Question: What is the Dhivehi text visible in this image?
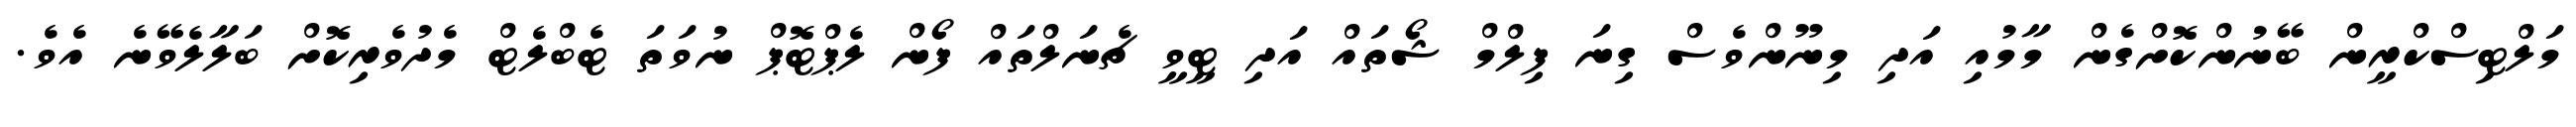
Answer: މަލްޓިސްކްރީން ބޭނުންކޮށްގެން މާމުއި އަދި މިނޫންވެސް ގިނަ ފިލްމް ޝޯތައް އަދި ޓީވީ ޗެނަލްތައް ފޯން ލެޕްޓޮޕް ނުވަތަ ޓެބްލެޓް މެދުވެރިކޮށް ބަލާލެވޭނެ އެވެ.